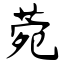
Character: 菀